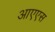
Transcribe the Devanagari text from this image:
आएएस